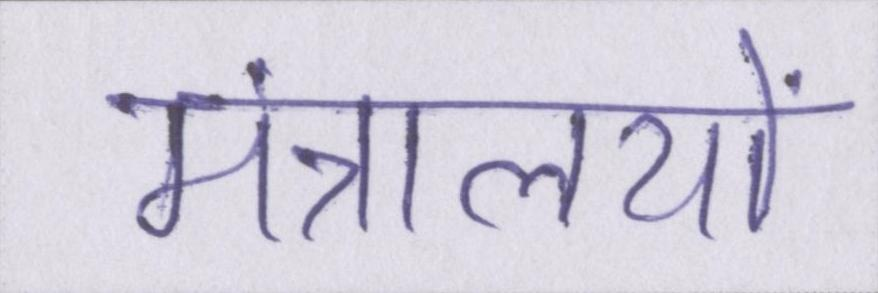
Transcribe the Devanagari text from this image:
मंत्रालयों